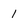
Character: 1